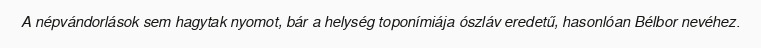
A népvándorlások sem hagytak nyomot, bár a helység toponímiája ószláv eredetű, hasonlóan Bélbor nevéhez.